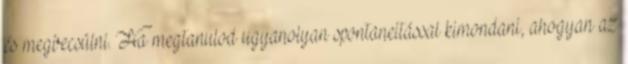
és megbecsülni. Ha megtanulod ugyanolyan spontaneitással kimondani, ahogyan az